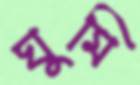
ঘুমি